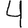
Digit: 4